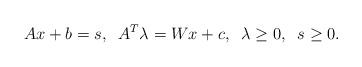
LaTeX: \begin{align*}Ax + b = s, \;\;A^T \lambda = Wx + c, \;\; \lambda \ge 0, \;\;s \ge 0.\end{align*}